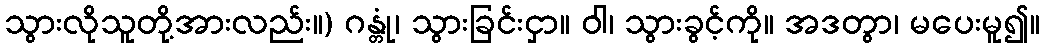
သွားလိုသူတို့အားလည်း။) ဂန္တုံ၊ သွားခြင်းငှာ။ ဝါ၊ သွားခွင့်ကို။ အဒတွာ၊ မပေးမူ၍။